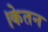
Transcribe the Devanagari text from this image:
।केतन